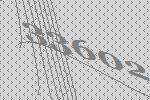
33602